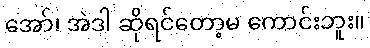
အော်၊ အဲဒါ ဆိုရင်တော့မ ကောင်းဘူး။